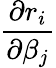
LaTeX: \frac{\partial r_{i}}{\partial\beta_{j}}